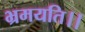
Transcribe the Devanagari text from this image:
भ्रमयति।।